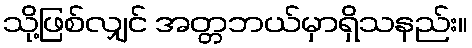
သို့ဖြစ်လျှင် အတ္တဘယ်မှာရှိသနည်း။